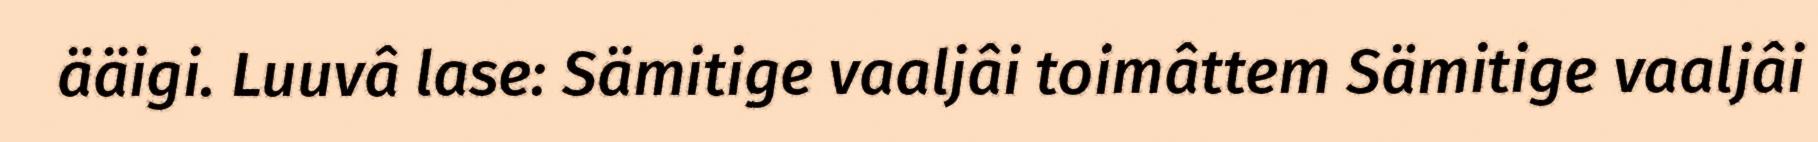
ääigi. Luuvâ lase: Sämitige vaaljâi toimâttem Sämitige vaaljâi